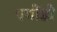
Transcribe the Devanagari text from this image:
पगोंडो